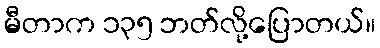
မီတာက ၁၃၅ ဘတ်လို့ပြောတယ်။